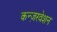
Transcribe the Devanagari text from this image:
कन्ज़रवेशन